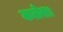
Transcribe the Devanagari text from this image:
कलेस।